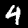
Digit: 4